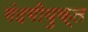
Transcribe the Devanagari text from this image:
गंदगीयुक्त